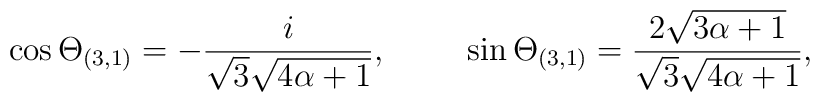
\cos\Theta_{(3,1)} = -\frac{i}{\sqrt{3} \sqrt{4 \alpha+ 1}},\hspace{1cm}\sin\Theta_{(3,1)} = \frac{2 \sqrt{3 \alpha +1}}{\sqrt{3} \sqrt{4\alpha+1}},